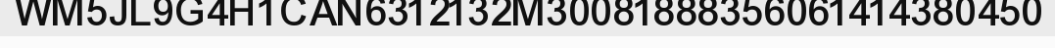
WM5JL9G4H1CAN6312132M30081888356061414380450